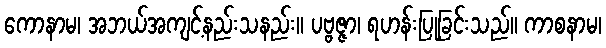
ကောနာမ၊ အဘယ်အကျင့်နည်းသနည်း။ ပဗ္ဗဇ္ဇာ၊ ရဟန်းပြုခြင်းသည်။ ကာစနာမ၊